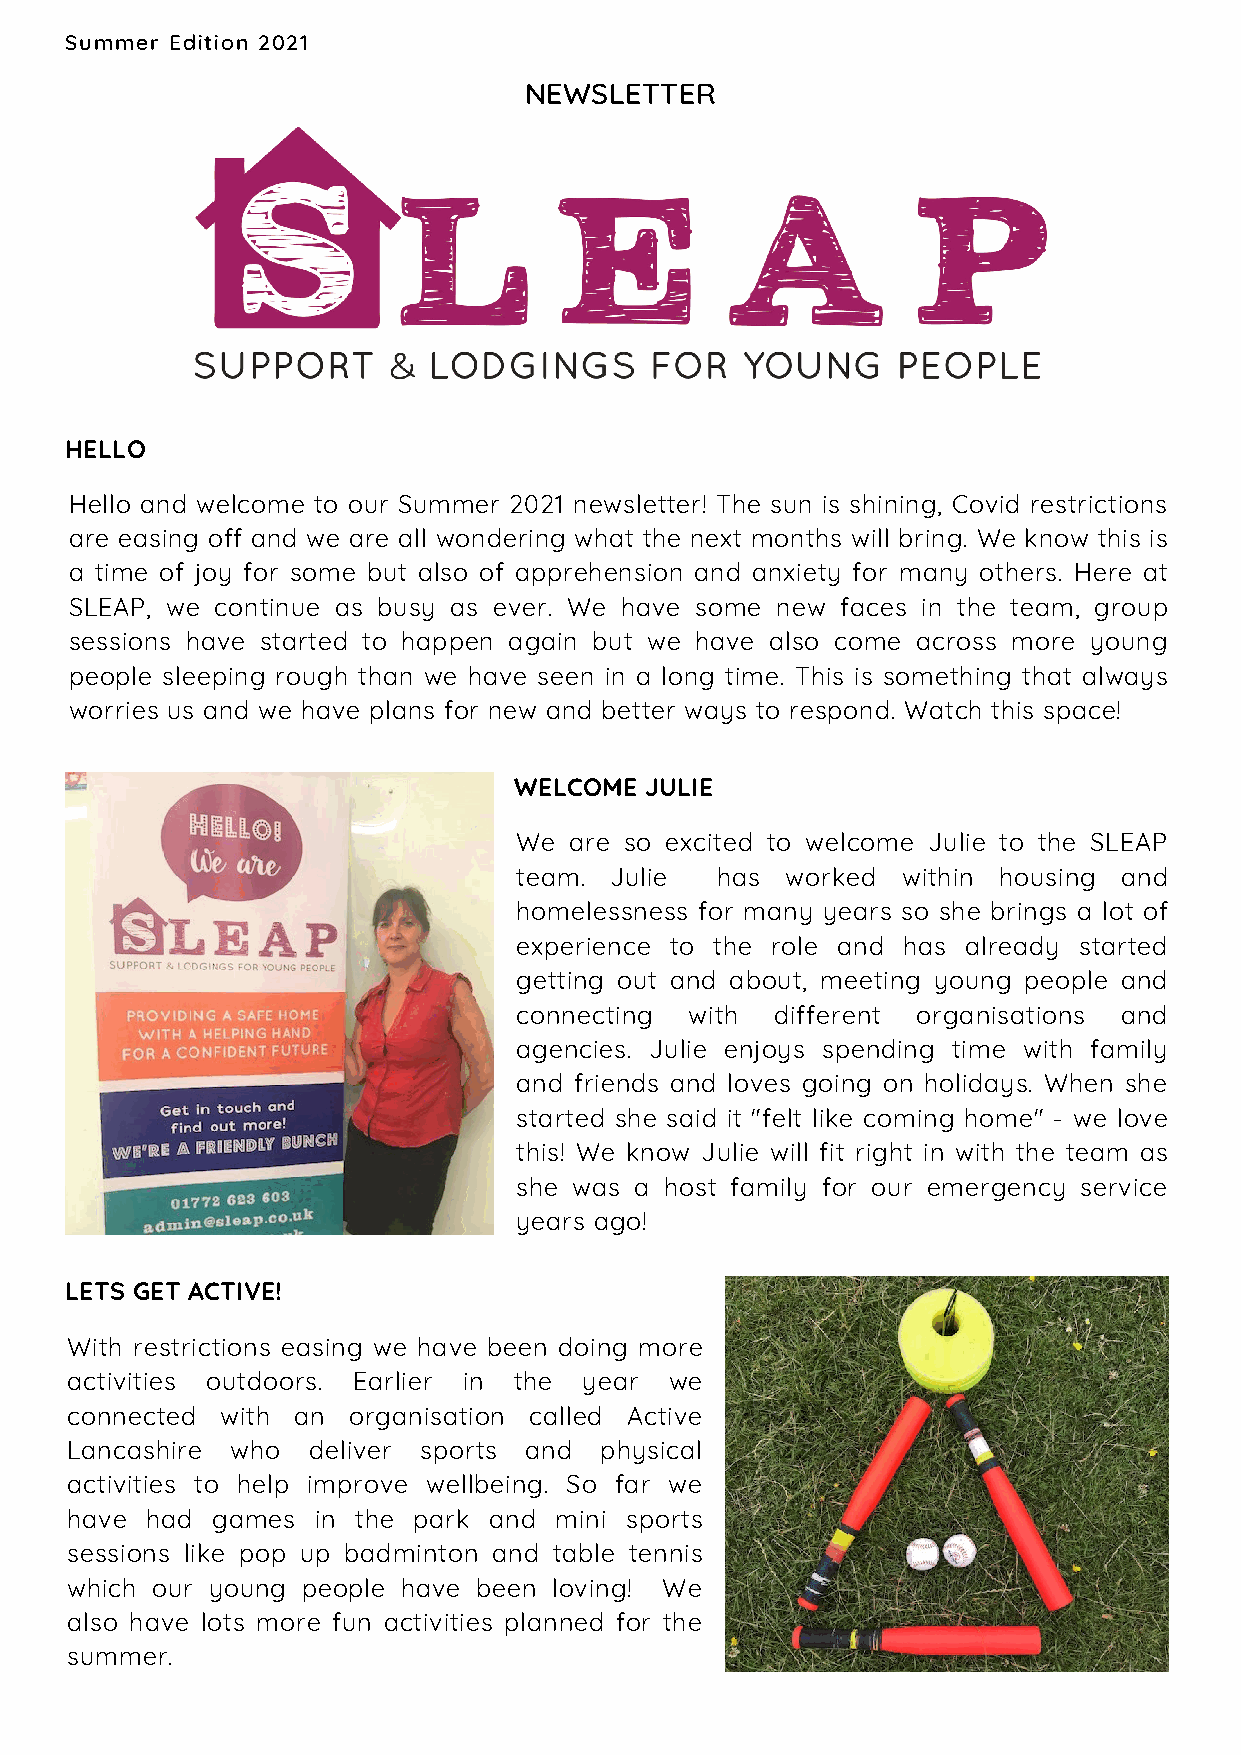
Summer Edition 2021
 NEWSLETTER
 HELLO
 Hello and welcome to our Summer 2021 newsletter! The sun is shining, Covid restrictions
 are easing off and we are all wondering what the next months will bring. We know this is
 a time of joy for some but also of apprehension and anxiety for many others. Here at
 SLEAP, we continue as busy as ever. We have some new faces in the team, group
 sessions have started to happen again but we have also come across more young
 people sleeping rough than we have seen in a long time. This is something that always
 worries us and we have plans for new and better ways to respond. Watch this space!
 WELCOME  JULIE
 We  are so excited to welcome Julie to the SLEAP
 team. Julie  has  worked  within housing and
 homelessness for many years so she brings a lot of
 experience to the role and has already started
 getting out and about, meeting young people and
 connecting  with different organisations and
 agencies. Julie enjoys spending time with family
 and friends and loves going on holidays. When she
 started she said it "felt like coming home" - we love
 this! We know Julie will fit right in with the team as
 she was a host family for our emergency service
 years ago!
 LETS GET ACTIVE!
 With restrictions easing we have been doing more
 activities outdoors. Earlier in the year we
 connected  with an organisation called Active
 Lancashire who  deliver sports and  physical
 activities to help improve wellbeing. So far we
 have  had games  in the park and mini sports
 sessions like pop up badminton and table tennis
 which our young people have been loving! We
 also have lots more fun activities planned for the
 summer.